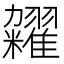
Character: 𫃙